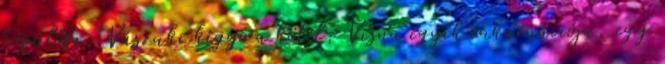
köpülőfa, Vászuki kígyó a kötél, Visnu egyik inkarnációja, egy